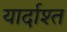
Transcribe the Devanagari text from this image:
यार्दाश्त